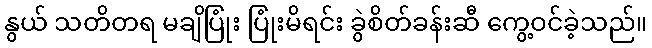
နွယ် သတိတရ မချိပြုံး ပြုံးမိရင်း ခွဲစိတ်ခန်းဆီ ကွေ့ဝင်ခဲ့သည်။